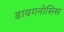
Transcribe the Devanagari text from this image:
डायगनोसिस